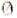
0